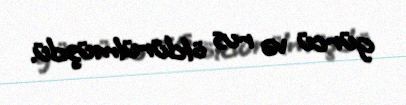
gürcü və rus öldürülmüşdü.